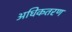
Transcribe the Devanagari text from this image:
अधिकतरण